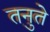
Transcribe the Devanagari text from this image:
तनुते